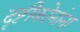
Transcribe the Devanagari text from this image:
दृष्टीकोनांना